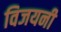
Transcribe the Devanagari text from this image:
विजयनी